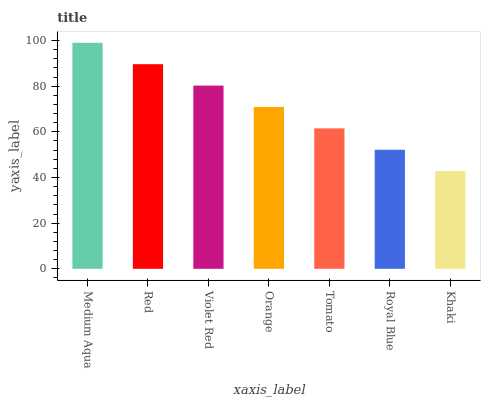
| xaxis_label | bars |
 | --- | --- |
 | Medium Aqua | 99 |
 | Red | 89.6 |
 | Violet Red | 80.3 |
 | Orange | 70.9 |
 | Tomato | 61.5 |
 | Royal Blue | 52.2 |
 | Khaki | 42.8 |